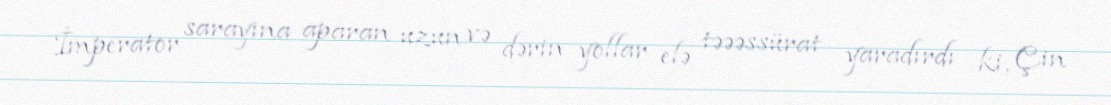
İmperator sarayına aparan uzun və dərin yollar elə təəəssürat yaradırdı ki, Çin